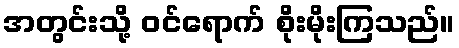
အတွင်းသို့ ဝင်ရောက် စိုးမိုးကြသည်။